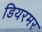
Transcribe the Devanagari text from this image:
डियरमर